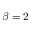
\beta = 2